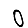
Digit: 0